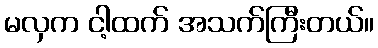
မလှက ငါ့ထက် အသက်ကြီးတယ်။